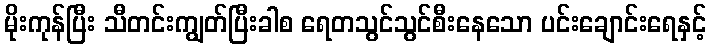
မိုးကုန်ပြီး သီတင်းကျွတ်ပြီးခါစ ရေတသွင်သွင်စီးနေသော ပင်းချောင်းရေနှင့်